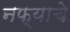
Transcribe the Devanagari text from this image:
नफ्याचे